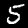
Digit: 5